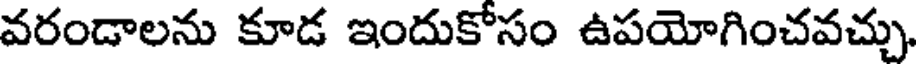
వరండాలను కూడ ఇందుకోసం ఉపయోగించవచ్చు.